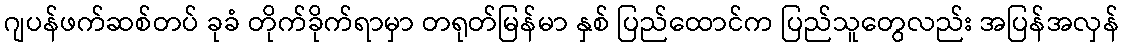
ဂျပန်ဖက်ဆစ်တပ် ခုခံ တိုက်ခိုက်ရာမှာ တရုတ်မြန်မာ နှစ် ပြည်ထောင်က ပြည်သူတွေလည်း အပြန်အလှန်